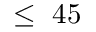
\le ~ 4 5